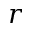
r